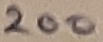
Text: 200